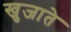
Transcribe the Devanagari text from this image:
खुजाते